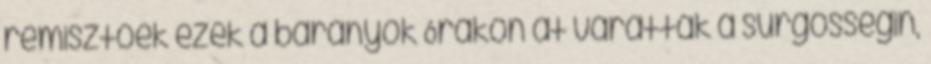
rémisztőek ezek a bárányok Órákon át váratták a sürgősségin,